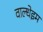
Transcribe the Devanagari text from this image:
वाल्धेइम